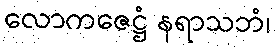
လောကဇေဋ္ဌံ နရာသဘံ၊